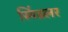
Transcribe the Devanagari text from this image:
स्पिंडलर